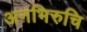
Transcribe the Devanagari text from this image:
अनभिरुचि